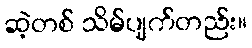
ဆဲ့တစ် သိမ်ပျက်တည်း။